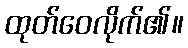
ထုတ်ဝေလိုက်၏။